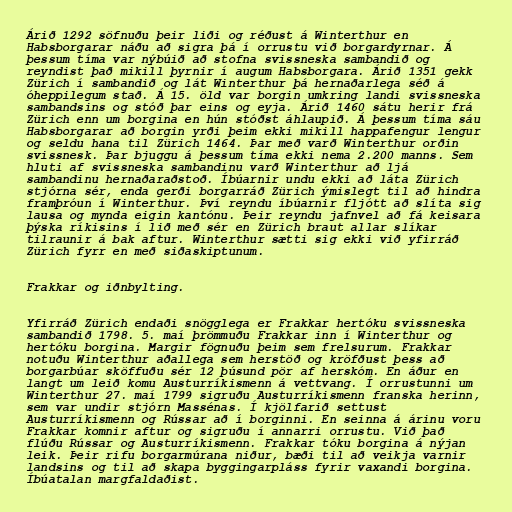
Árið 1292 söfnuðu þeir liði og réðust á Winterthur en
Habsborgarar náðu að sigra þá í orrustu við borgardyrnar. Á
þessum tíma var nýbúið að stofna svissneska sambandið og
reyndist það mikill þyrnir í augum Habsborgara. Árið 1351 gekk
Zürich í sambandið og lát Winterthur þá hernaðarlega séð á
óheppilegum stað. Á 15. öld var borgin umkring landi svissneska
sambandsins og stóð þar eins og eyja. Árið 1460 sátu herir frá
Zürich enn um borgina en hún stóðst áhlaupið. Á þessum tíma sáu
Habsborgarar að borgin yrði þeim ekki mikill happafengur lengur
og seldu hana til Zürich 1464. Þar með varð Winterthur orðin
svissnesk. Þar bjuggu á þessum tíma ekki nema 2.200 manns. Sem
hluti af svissneska sambandinu varð Winterthur að ljá
sambandinu hernaðaraðstoð. Íbúarnir undu ekki að láta Zürich
stjórna sér, enda gerði borgarráð Zürich ýmislegt til að hindra
framþróun í Winterthur. Því reyndu íbúarnir fljótt að slíta sig
lausa og mynda eigin kantónu. Þeir reyndu jafnvel að fá keisara
þýska ríkisins í lið með sér en Zürich braut allar slíkar
tilraunir á bak aftur. Winterthur sætti sig ekki við yfirráð
Zürich fyrr en með siðaskiptunum.

Frakkar og iðnbylting.

Yfirráð Zürich endaði snögglega er Frakkar hertóku svissneska
sambandið 1798. 5. maí þrömmuðu Frakkar inn í Winterthur og
hertóku borgina. Margir fögnuðu þeim sem frelsurum. Frakkar
notuðu Winterthur aðallega sem herstöð og kröfðust þess að
borgarbúar sköffuðu sér 12 þúsund pör af herskóm. En áður en
langt um leið komu Austurríkismenn á vettvang. Í orrustunni um
Winterthur 27. maí 1799 sigruðu Austurríkismenn franska herinn,
sem var undir stjórn Massénas. Í kjölfarið settust
Austurríkismenn og Rússar að í borginni. En seinna á árinu voru
Frakkar komnir aftur og sigruðu í annarri orrustu. Við það
flúðu Rússar og Austurríkismenn. Frakkar tóku borgina á nýjan
leik. Þeir rifu borgarmúrana niður, bæði til að veikja varnir
landsins og til að skapa byggingarpláss fyrir vaxandi borgina.
Íbúatalan margfaldaðist.